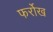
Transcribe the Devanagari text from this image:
फर्रोख